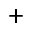
^ +